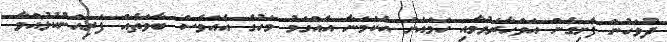
ދުވަހުން ފެށިގެން އަވަހާރަވުމާއި ހަމައަށް އެކަމަނާ އެއްގަމު މަހުގެ އެއްވެސް ބާވަތެއް ފަރިއްނުކުޅުއްވާ